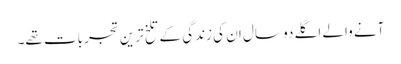
آنے والے اگلے دو سال ان کی زندگی کے تلخ ترین تجربات تھے۔